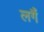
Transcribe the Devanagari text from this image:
लगैं